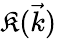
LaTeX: \mathfrak{K}(\vec{{k}})